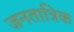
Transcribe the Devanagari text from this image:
जनतात्रिक